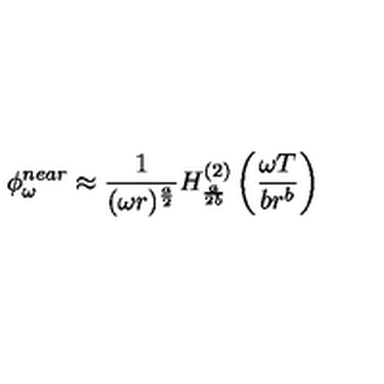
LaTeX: \phi _ { \omega } ^ { n e a r } \approx \frac { 1 } { ( \omega r ) ^ { \frac { a } { 2 } } } H _ { \frac { a } { 2 b } } ^ { ( 2 ) } \left( \frac { \omega T } { b r ^ { b } } \right)